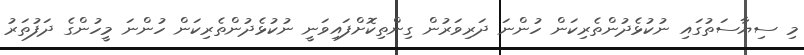
މި ސިޔާސަތުގައި ނުކުޅެދުންތެރިކަން ހުންނަ ދަރިވަރުން ގިންތިކޮށްފައިވަނީ ނުކުޅެދުންތެރިކަން ހުންނަ މީހުންގެ ދަފުތަރު